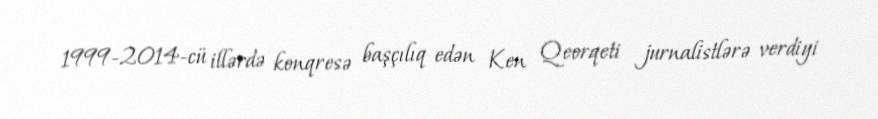
1999-2014-cü illərdə konqresə başçılıq edən Ken Qeorqeti jurnalistlərə verdiyi